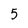
Character: 5